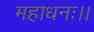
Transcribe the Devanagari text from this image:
महाधनः।।